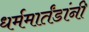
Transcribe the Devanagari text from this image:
धर्ममार्तंडांनी